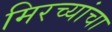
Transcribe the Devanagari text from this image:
मिरच्यांचा